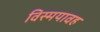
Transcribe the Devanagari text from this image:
विस्मयावह